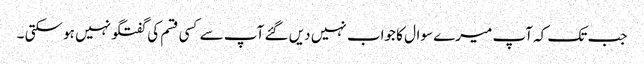
جب تک کہ آپ میرے سوال کا جواب نہیں دیں گئے آپ سے کسی قسم کی گفتگو نہیں ہو سکتی ۔